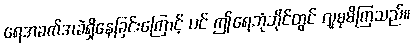
ရေအခက်အခဲရှိနေခြင်းကြောင့် ပင် ဤရေဘုံဘိုင်တွင် လူစုမိကြသည်။